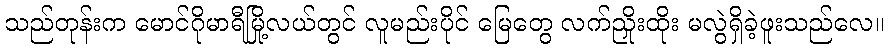
သည်တုန်းက မောင်ဂိုမာရီမြို့လယ်တွင် လူမည်းပိုင် မြေတွေ လက်ညှိုးထိုး မလွဲရှိခဲ့ဖူးသည်လေ။